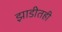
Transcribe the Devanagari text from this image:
झाडीतही